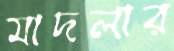
মাদলার